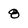
Character: 8